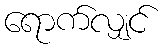
ရောက်လျှင်